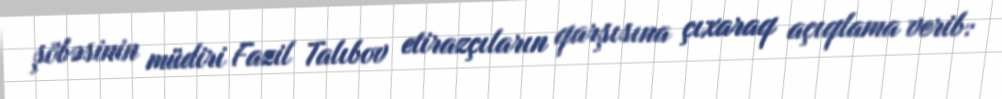
şöbəsinin müdiri Fazil Talıbov etirazçıların qarşısına çıxaraq açıqlama verib: